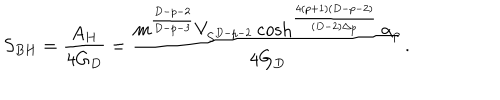
S _ { B H } = { \frac { A _ { H } } { 4 G _ { D } } } = { \frac { m ^ { \frac { D - p - 2 } { D - p - 3 } } V _ { S ^ { D - p - 2 } } \cosh ^ { \frac { 4 ( p + 1 ) ( D - p - 2 ) } { ( D - 2 ) \Delta _ { p } } } \alpha _ { p } } { 4 G _ { D } } } .